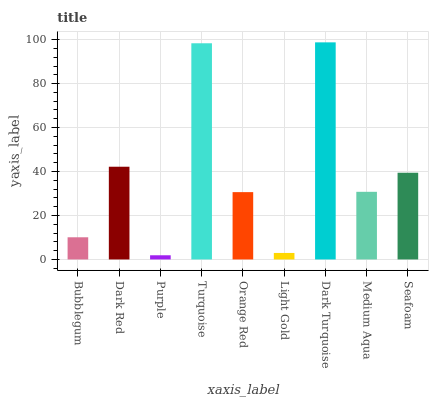
| xaxis_label | bars |
 | --- | --- |
 | Bubblegum | 10.1 |
 | Dark Red | 42.2 |
 | Purple | 1.9 |
 | Turquoise | 98.4 |
 | Orange Red | 30.6 |
 | Light Gold | 2.96 |
 | Dark Turquoise | 98.8 |
 | Medium Aqua | 30.8 |
 | Seafoam | 39.5 |